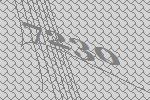
7230